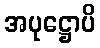
အပုဋ္ဌောပိ